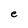
Character: e